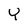
Character: y